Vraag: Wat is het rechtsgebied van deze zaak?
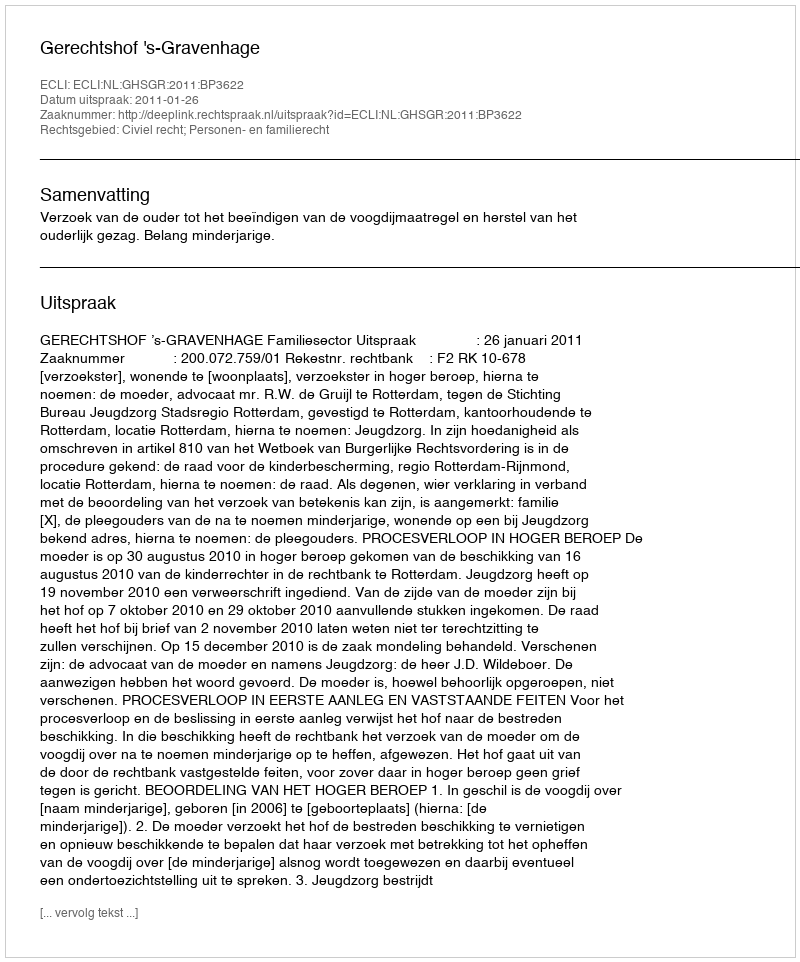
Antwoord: Civiel recht; Personen- en familierecht